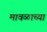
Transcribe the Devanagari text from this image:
मावळाच्या